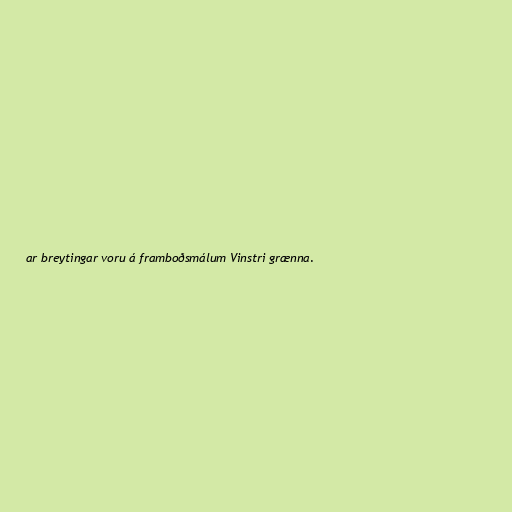
ar breytingar voru á framboðsmálum Vinstri grænna.